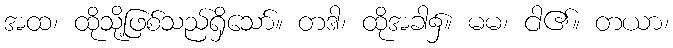
အထ၊ ထိုသို့ဖြစ်သည်ရှိသော်။ တဒါ၊ ထိုအခါ၌။ မမ၊ ငါ၏။ တယာ၊